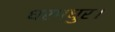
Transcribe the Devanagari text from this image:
धरमधुर।